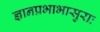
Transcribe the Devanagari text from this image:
ज्ञानप्रभाभासुराः